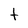
Character: t